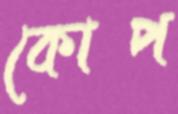
কোপ